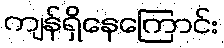
ကျန်ရှိနေကြောင်း